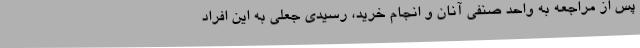
پس از مراجعه به واحد صنفی آنان و انجام خرید، رسیدی جعلی به این افراد